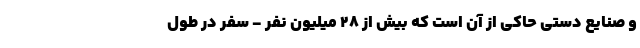
و صنایع دستی حاکی از آن است که بیش از ۲۸ میلیون نفر - سفر در طول